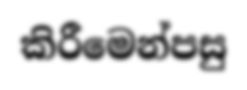
කිරීමෙන්පසු